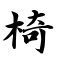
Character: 椅